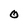
Character: O